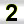
Digit: 2